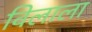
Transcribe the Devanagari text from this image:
विलाला